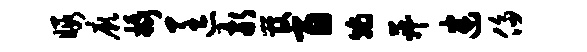
暇厥橇匡敬管酉翰菽迷侈